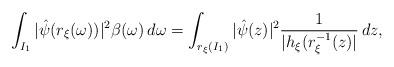
LaTeX: \begin{align*}\int_{I_1} | \hat{\psi}(r_{\xi}(\omega)) |^2 \beta(\omega) \, d\omega = \int_{r_{\xi}(I_1)} | \hat{\psi}(z) |^2 \frac{1}{| h_{\xi}(r_{\xi}^{-1}(z) |} \,dz,\end{align*}